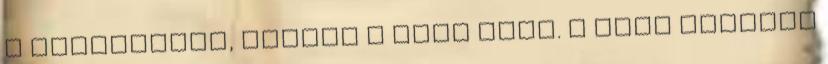
a szekrényem, amiben a cumó volt. A váll körzése